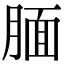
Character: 腼